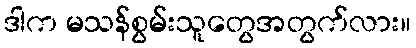
ဒါက မသန်စွမ်းသူတွေအတွက်လား။